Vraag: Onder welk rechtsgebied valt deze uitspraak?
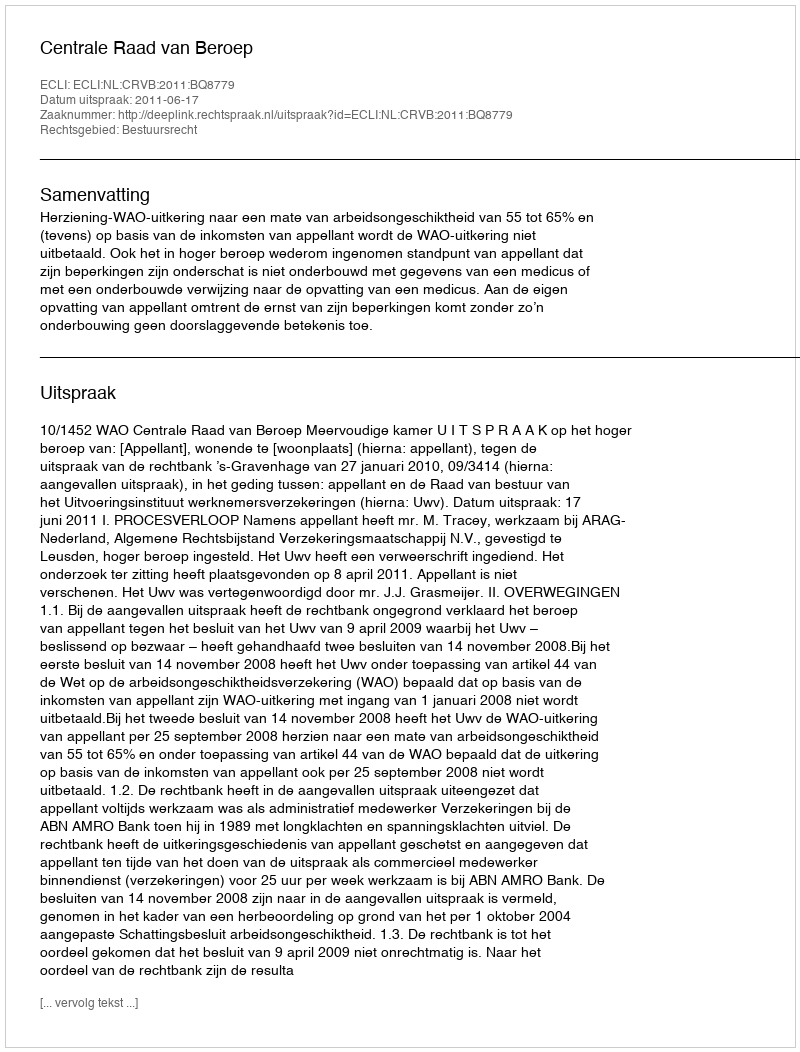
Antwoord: Bestuursrecht